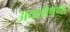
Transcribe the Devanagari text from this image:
अवशोषणा